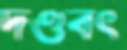
দণ্ডবৎ